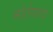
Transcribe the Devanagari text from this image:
मोठेगाव